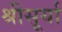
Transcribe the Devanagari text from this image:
श्रीसूर्या